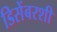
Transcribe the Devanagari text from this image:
डिसेंबरशी